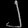
Digit: ၂